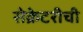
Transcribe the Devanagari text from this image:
सेक्रेटरीची